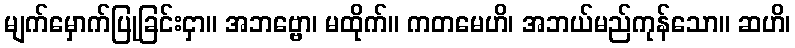
မျက်မှောက်ပြုခြင်းငှာ။ အဘဗ္ဗော၊ မထိုက်။ ကတမေဟိ၊ အဘယ်မည်ကုန်သော။ ဆဟိ၊